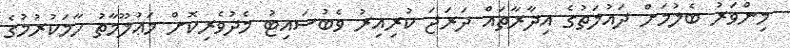
މިންވަރު ބެލުމަށް ދައުލަތުގެ އިދާރާތައް ދަރަޖަ ކުރިއިރު ވެބުސައިޓު މެދުވެރިކޮށް މަޢުލޫމާތު ހާމަކުރުމުގެ